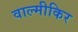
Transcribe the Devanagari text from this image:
वाल्मीकिर